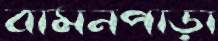
বামনপাড়া